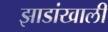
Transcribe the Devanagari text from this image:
झाडांखाली